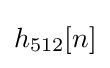
h_{512}[n]